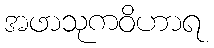
အဖာသုကဝိဟာရ